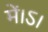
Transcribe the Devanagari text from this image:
में।ऽ।